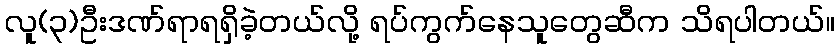
လူ(၃)ဦးဒဏ်ရာရရှိခဲ့တယ်လို့ ရပ်ကွက်နေသူတွေဆီက သိရပါတယ်။